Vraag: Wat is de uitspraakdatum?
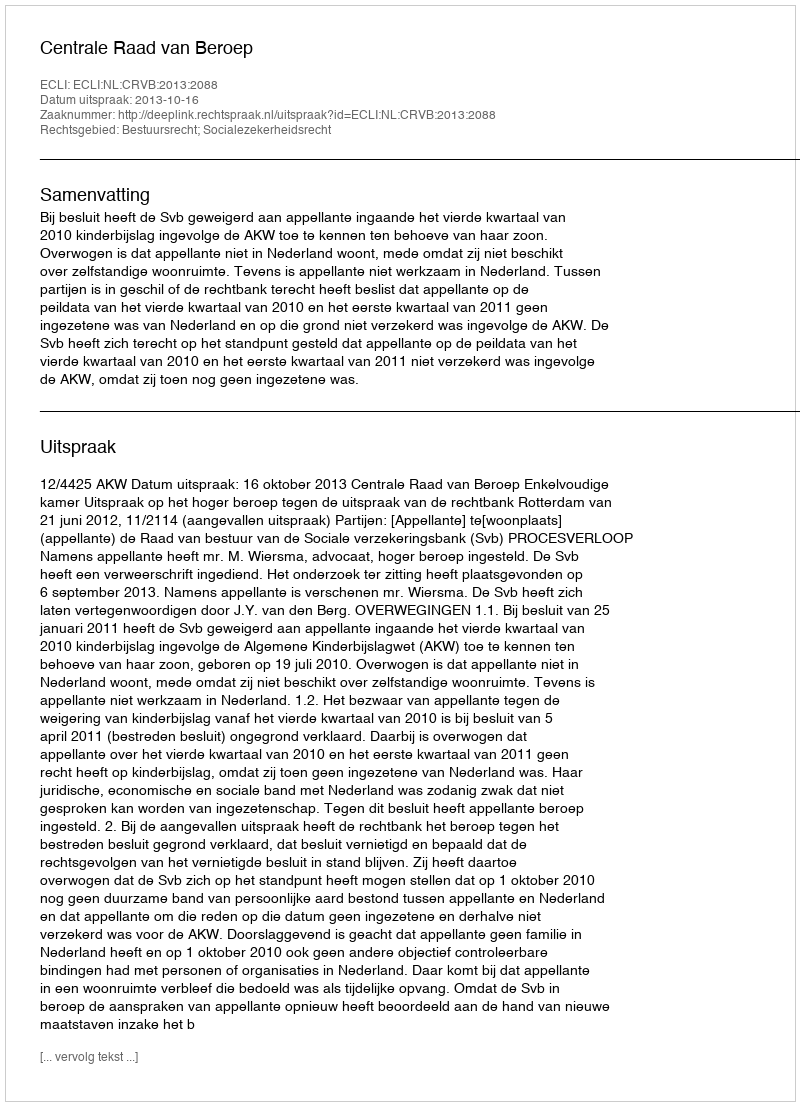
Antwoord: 2013-10-16